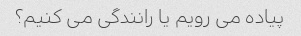
پیاده می رویم یا رانندگی می کنیم؟